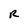
Character: R